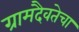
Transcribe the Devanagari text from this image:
ग्रामदैवतेचा